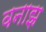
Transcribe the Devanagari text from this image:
वनाझ